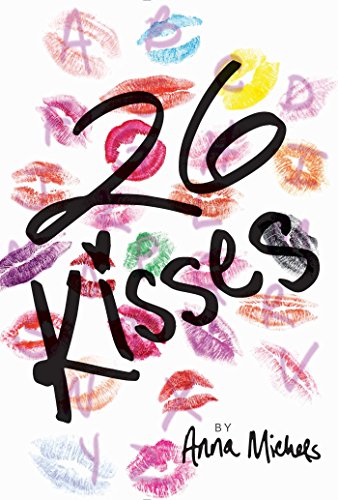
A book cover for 26 Kisses; Anna Michels; Teen & Young Adult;